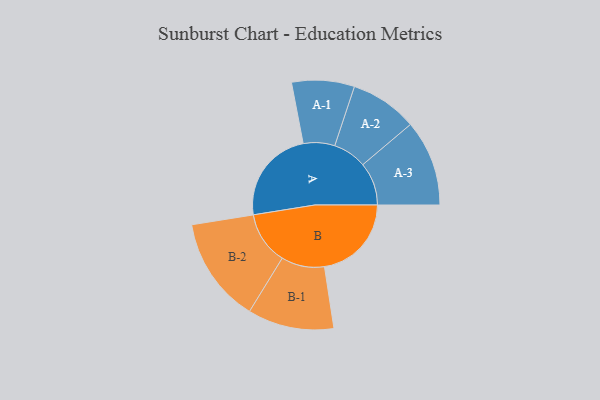
{"axis": {"x": "Segment", "y": "Value"}, "legend": ["", "A", "B"], "data": [{"x": "A", "y": 494, "type": ""}, {"x": "B", "y": 455, "type": ""}, {"x": "A-1", "y": 164, "type": "A"}, {"x": "A-2", "y": 176, "type": "A"}, {"x": "A-3", "y": 225, "type": "A"}, {"x": "B-1", "y": 226, "type": "B"}, {"x": "B-2", "y": 276, "type": "B"}]}